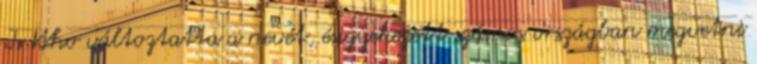
Is Who változtatta a nevét, ésigyekezett számos országban megvetni